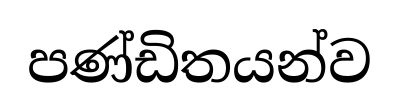
පණ්ඩිතයන්ව